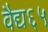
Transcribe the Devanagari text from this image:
वैद्य६५